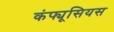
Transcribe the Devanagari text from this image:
कंफ्यूसियस